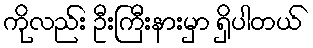
ကိုလည်း ဦးကြီးနားမှာ ရှိပါတယ်